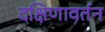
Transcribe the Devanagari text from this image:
दक्षिणावर्तन